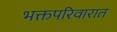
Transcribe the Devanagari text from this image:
भक्तपरिवारात